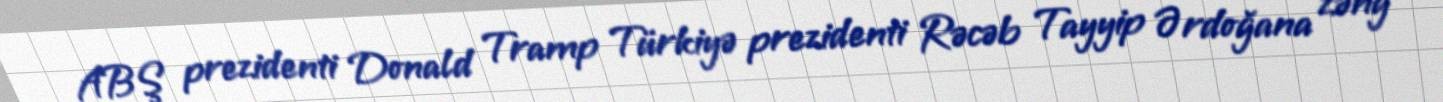
ABŞ prezidenti Donald Tramp Türkiyə prezidenti Rəcəb Tayyip Ərdoğana zəng